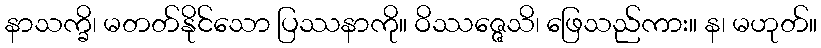
နာသက္ခိ၊ မတတ်နိုင်သော ပြဿနာကို။ ဝိဿဇ္ဇေသိ၊ ဖြေသည်ကား။ န၊ မဟုတ်။